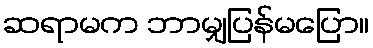
ဆရာမက ဘာမျှပြန်မပြော။